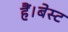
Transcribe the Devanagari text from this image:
हैं।बेस्ट